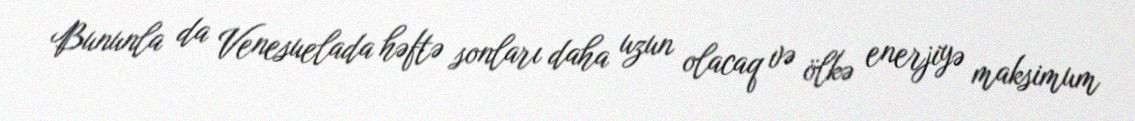
Bununla da Venesuelada həftə sonları daha uzun olacaq və ölkə enerjiyə maksimum